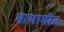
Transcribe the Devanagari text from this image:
मायामीत